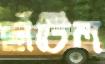
ছাঁটিল